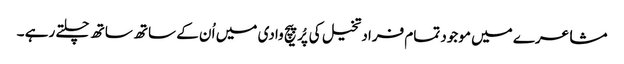
مشاعرے میں موجود تمام فراد تخیل کی پُرپیچ وادی میں اُ ن کے ساتھ ساتھ چلتے رہے ۔